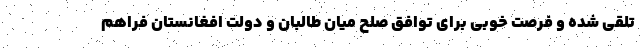
تلقی شده و فرصت خوبی برای توافق صلح میان طالبان و دولت افغانستان فراهم